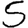
Digit: 5